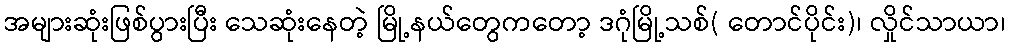
အများဆုံးဖြစ်ပွားပြီး သေဆုံးနေတဲ့ မြို့နယ်တွေကတော့ ဒဂုံမြို့သစ်( တောင်ပိုင်း)၊ လှိုင်သာယာ၊